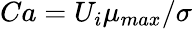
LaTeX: Ca={U_{i}\mu_{max}}/{\sigma}